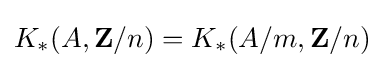
K_{*}(A,\mathbf {Z} /n)=K_{*}(A/m,\mathbf {Z} /n)